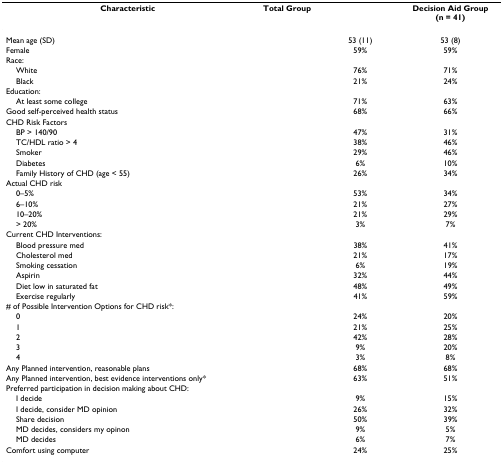
<table><thead><tr><td><b>Characteristic</b></td><td><b>Total Group</b></td><td>[EMPTY_CELL]</td><td><b>Decision Aid Group(n = 41)</b></td></tr></thead><tbody><tr><td>Mean age (SD)</td><td>[EMPTY_CELL]</td><td>53 (11)</td><td>53 (8)</td></tr><tr><td>Female</td><td>[EMPTY_CELL]</td><td>59%</td><td>59%</td></tr><tr><td>Race:</td><td>[EMPTY_CELL]</td><td>[EMPTY_CELL]</td><td>[EMPTY_CELL]</td></tr><tr><td> White</td><td>[EMPTY_CELL]</td><td>76%</td><td>71%</td></tr><tr><td> Black</td><td>[EMPTY_CELL]</td><td>21%</td><td>24%</td></tr><tr><td>Education:</td><td>[EMPTY_CELL]</td><td>[EMPTY_CELL]</td><td>[EMPTY_CELL]</td></tr><tr><td> At least some college</td><td>[EMPTY_CELL]</td><td>71%</td><td>63%</td></tr><tr><td>Good self-perceived health status</td><td>[EMPTY_CELL]</td><td>68%</td><td>66%</td></tr><tr><td>CHD Risk Factors</td><td>[EMPTY_CELL]</td><td>[EMPTY_CELL]</td><td>[EMPTY_CELL]</td></tr><tr><td> BP &gt; 140/90</td><td>[EMPTY_CELL]</td><td>47%</td><td>31%</td></tr><tr><td> TC/HDL ratio &gt; 4</td><td>[EMPTY_CELL]</td><td>38%</td><td>46%</td></tr><tr><td> Smoker</td><td>[EMPTY_CELL]</td><td>29%</td><td>46%</td></tr><tr><td> Diabetes</td><td>[EMPTY_CELL]</td><td>6%</td><td>10%</td></tr><tr><td> Family History of CHD (age &lt; 55)</td><td>[EMPTY_CELL]</td><td>26%</td><td>34%</td></tr><tr><td>Actual CHD risk</td><td>[EMPTY_CELL]</td><td>[EMPTY_CELL]</td><td>[EMPTY_CELL]</td></tr><tr><td> 0–5%</td><td>[EMPTY_CELL]</td><td>53%</td><td>34%</td></tr><tr><td> 6–10%</td><td>[EMPTY_CELL]</td><td>21%</td><td>27%</td></tr><tr><td> 10–20%</td><td>[EMPTY_CELL]</td><td>21%</td><td>29%</td></tr><tr><td> &gt; 20%</td><td>[EMPTY_CELL]</td><td>3%</td><td>7%</td></tr><tr><td>Current CHD Interventions:</td><td>[EMPTY_CELL]</td><td>[EMPTY_CELL]</td><td>[EMPTY_CELL]</td></tr><tr><td> Blood pressure med</td><td>[EMPTY_CELL]</td><td>38%</td><td>41%</td></tr><tr><td> Cholesterol med</td><td>[EMPTY_CELL]</td><td>21%</td><td>17%</td></tr><tr><td> Smoking cessation</td><td>[EMPTY_CELL]</td><td>6%</td><td>19%</td></tr><tr><td> Aspirin</td><td>[EMPTY_CELL]</td><td>32%</td><td>44%</td></tr><tr><td> Diet low in saturated fat</td><td>[EMPTY_CELL]</td><td>48%</td><td>49%</td></tr><tr><td> Exercise regularly</td><td>[EMPTY_CELL]</td><td>41%</td><td>59%</td></tr><tr><td># of Possible Intervention Options for CHD risk*:</td><td>[EMPTY_CELL]</td><td>[EMPTY_CELL]</td><td>[EMPTY_CELL]</td></tr><tr><td> 0</td><td>[EMPTY_CELL]</td><td>24%</td><td>20%</td></tr><tr><td> 1</td><td>[EMPTY_CELL]</td><td>21%</td><td>25%</td></tr><tr><td> 2</td><td>[EMPTY_CELL]</td><td>42%</td><td>28%</td></tr><tr><td> 3</td><td>[EMPTY_CELL]</td><td>9%</td><td>20%</td></tr><tr><td> 4</td><td>[EMPTY_CELL]</td><td>3%</td><td>8%</td></tr><tr><td>Any Planned intervention, reasonable plans</td><td>[EMPTY_CELL]</td><td>68%</td><td>68%</td></tr><tr><td>Any Planned intervention, best evidence interventions only*</td><td>[EMPTY_CELL]</td><td>63%</td><td>51%</td></tr><tr><td>Preferred participation in decision making about CHD:</td><td>[EMPTY_CELL]</td><td>[EMPTY_CELL]</td><td>[EMPTY_CELL]</td></tr><tr><td> I decide</td><td>[EMPTY_CELL]</td><td>9%</td><td>15%</td></tr><tr><td> I decide, consider MD opinion</td><td>[EMPTY_CELL]</td><td>26%</td><td>32%</td></tr><tr><td> Share decision</td><td>[EMPTY_CELL]</td><td>50%</td><td>39%</td></tr><tr><td> MD decides, considers my opinon</td><td>[EMPTY_CELL]</td><td>9%</td><td>5%</td></tr><tr><td> MD decides</td><td>[EMPTY_CELL]</td><td>6%</td><td>7%</td></tr><tr><td>Comfort using computer</td><td>[EMPTY_CELL]</td><td>24%</td><td>25%</td></tr></tbody></table>